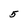
Character: 5